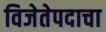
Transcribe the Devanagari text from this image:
विजेतेपदाचा